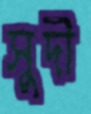
সুদী